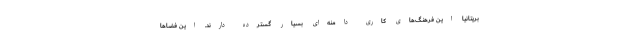
بریتانیا این فرهنگ‌های کاری دامنه‌ای بسیار گسترده دارند. این فضاها